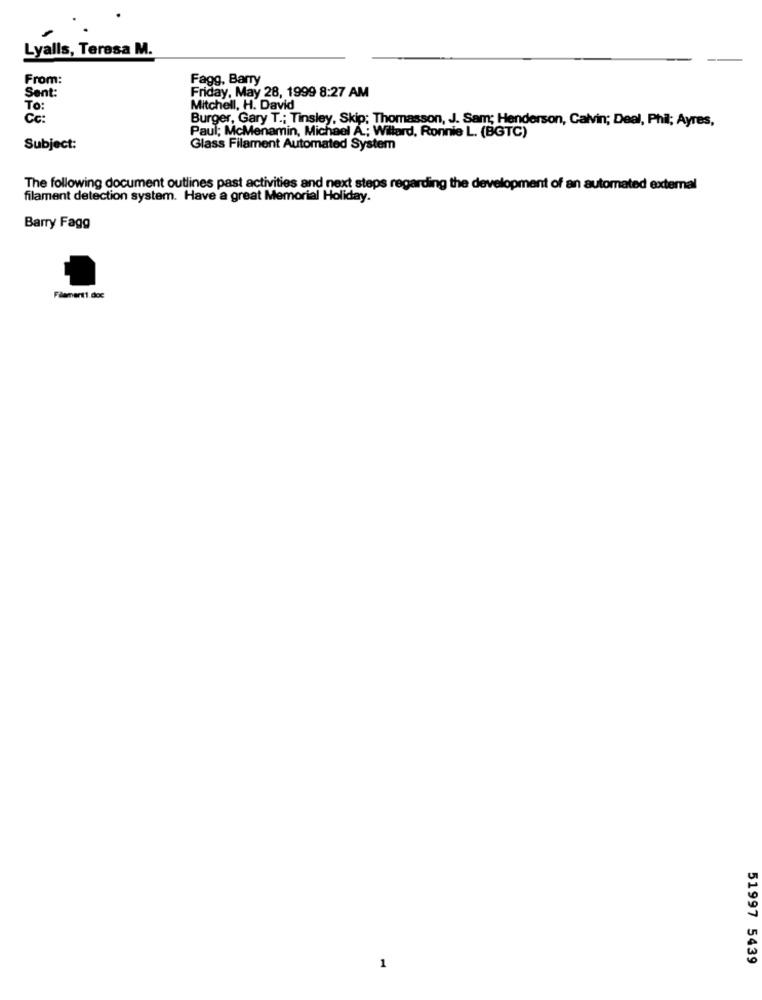
Lyalls, Teresa M.
From:
Fagg, Barry
Sent:
Friday, May 28, 1999 8:27 AM
To:
Mitchell, H. David
Cc:
Burger, Gary T .; Tinsley, Skip; Thomasson, J. Sam; Henderson, Calvin; Deel, Phil; Ayres,
Paul; McMenamin, Michael A .; Willard, Ronnie L. (BGTC)
Subject:
Glass Filament Automated System
The following document outlines past activities and next steps regarding the development of an automated external
filament detection system. Have a great Memorial Holiday.
Barry Fagg
Filament1. doc
51997 5439
1